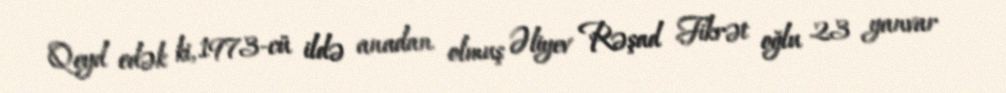
Qeyd edək ki, 1973-cü ildə anadan olmuş Əliyev Rəşad Fikrət oğlu 23 yanvar